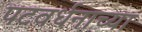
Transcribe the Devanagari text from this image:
पटवर्धनाच्या